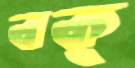
বক্